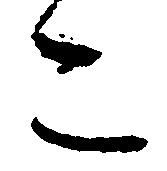
こ